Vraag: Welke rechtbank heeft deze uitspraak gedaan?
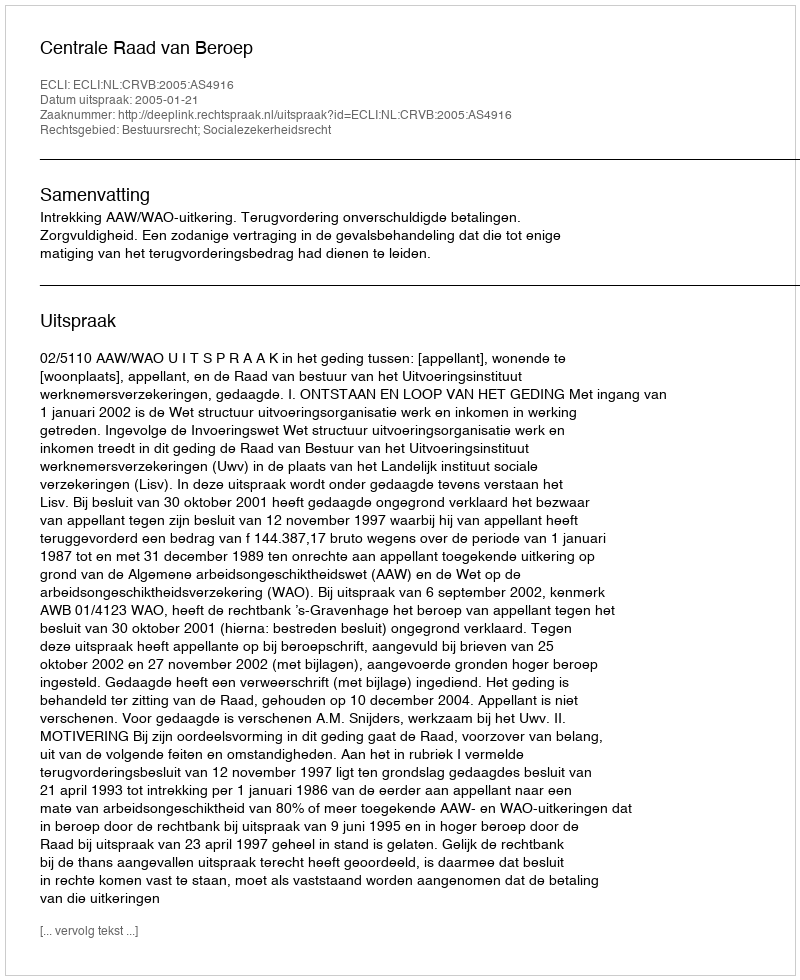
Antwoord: Centrale Raad van Beroep